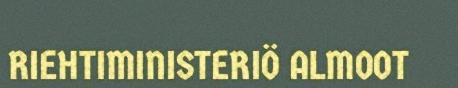
RIEHTIMINISTERIÖ ALMOOT